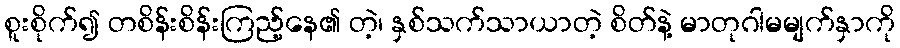
စူးစိုက်၍ တစိန်းစိန်းကြည့်နေ၏ တဲ့၊ နှစ်သက်သာယာတဲ့ စိတ်နဲ့ မာတုဂါမမျက်နှာကို